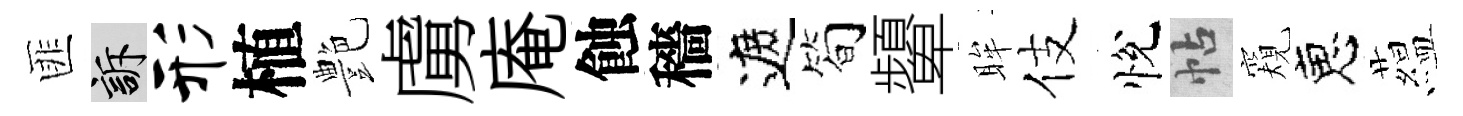
匪訴形植艶虜庵蝕穡遮筍顰眸伎悅帖窺恵藴